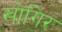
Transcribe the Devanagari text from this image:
खोगिर